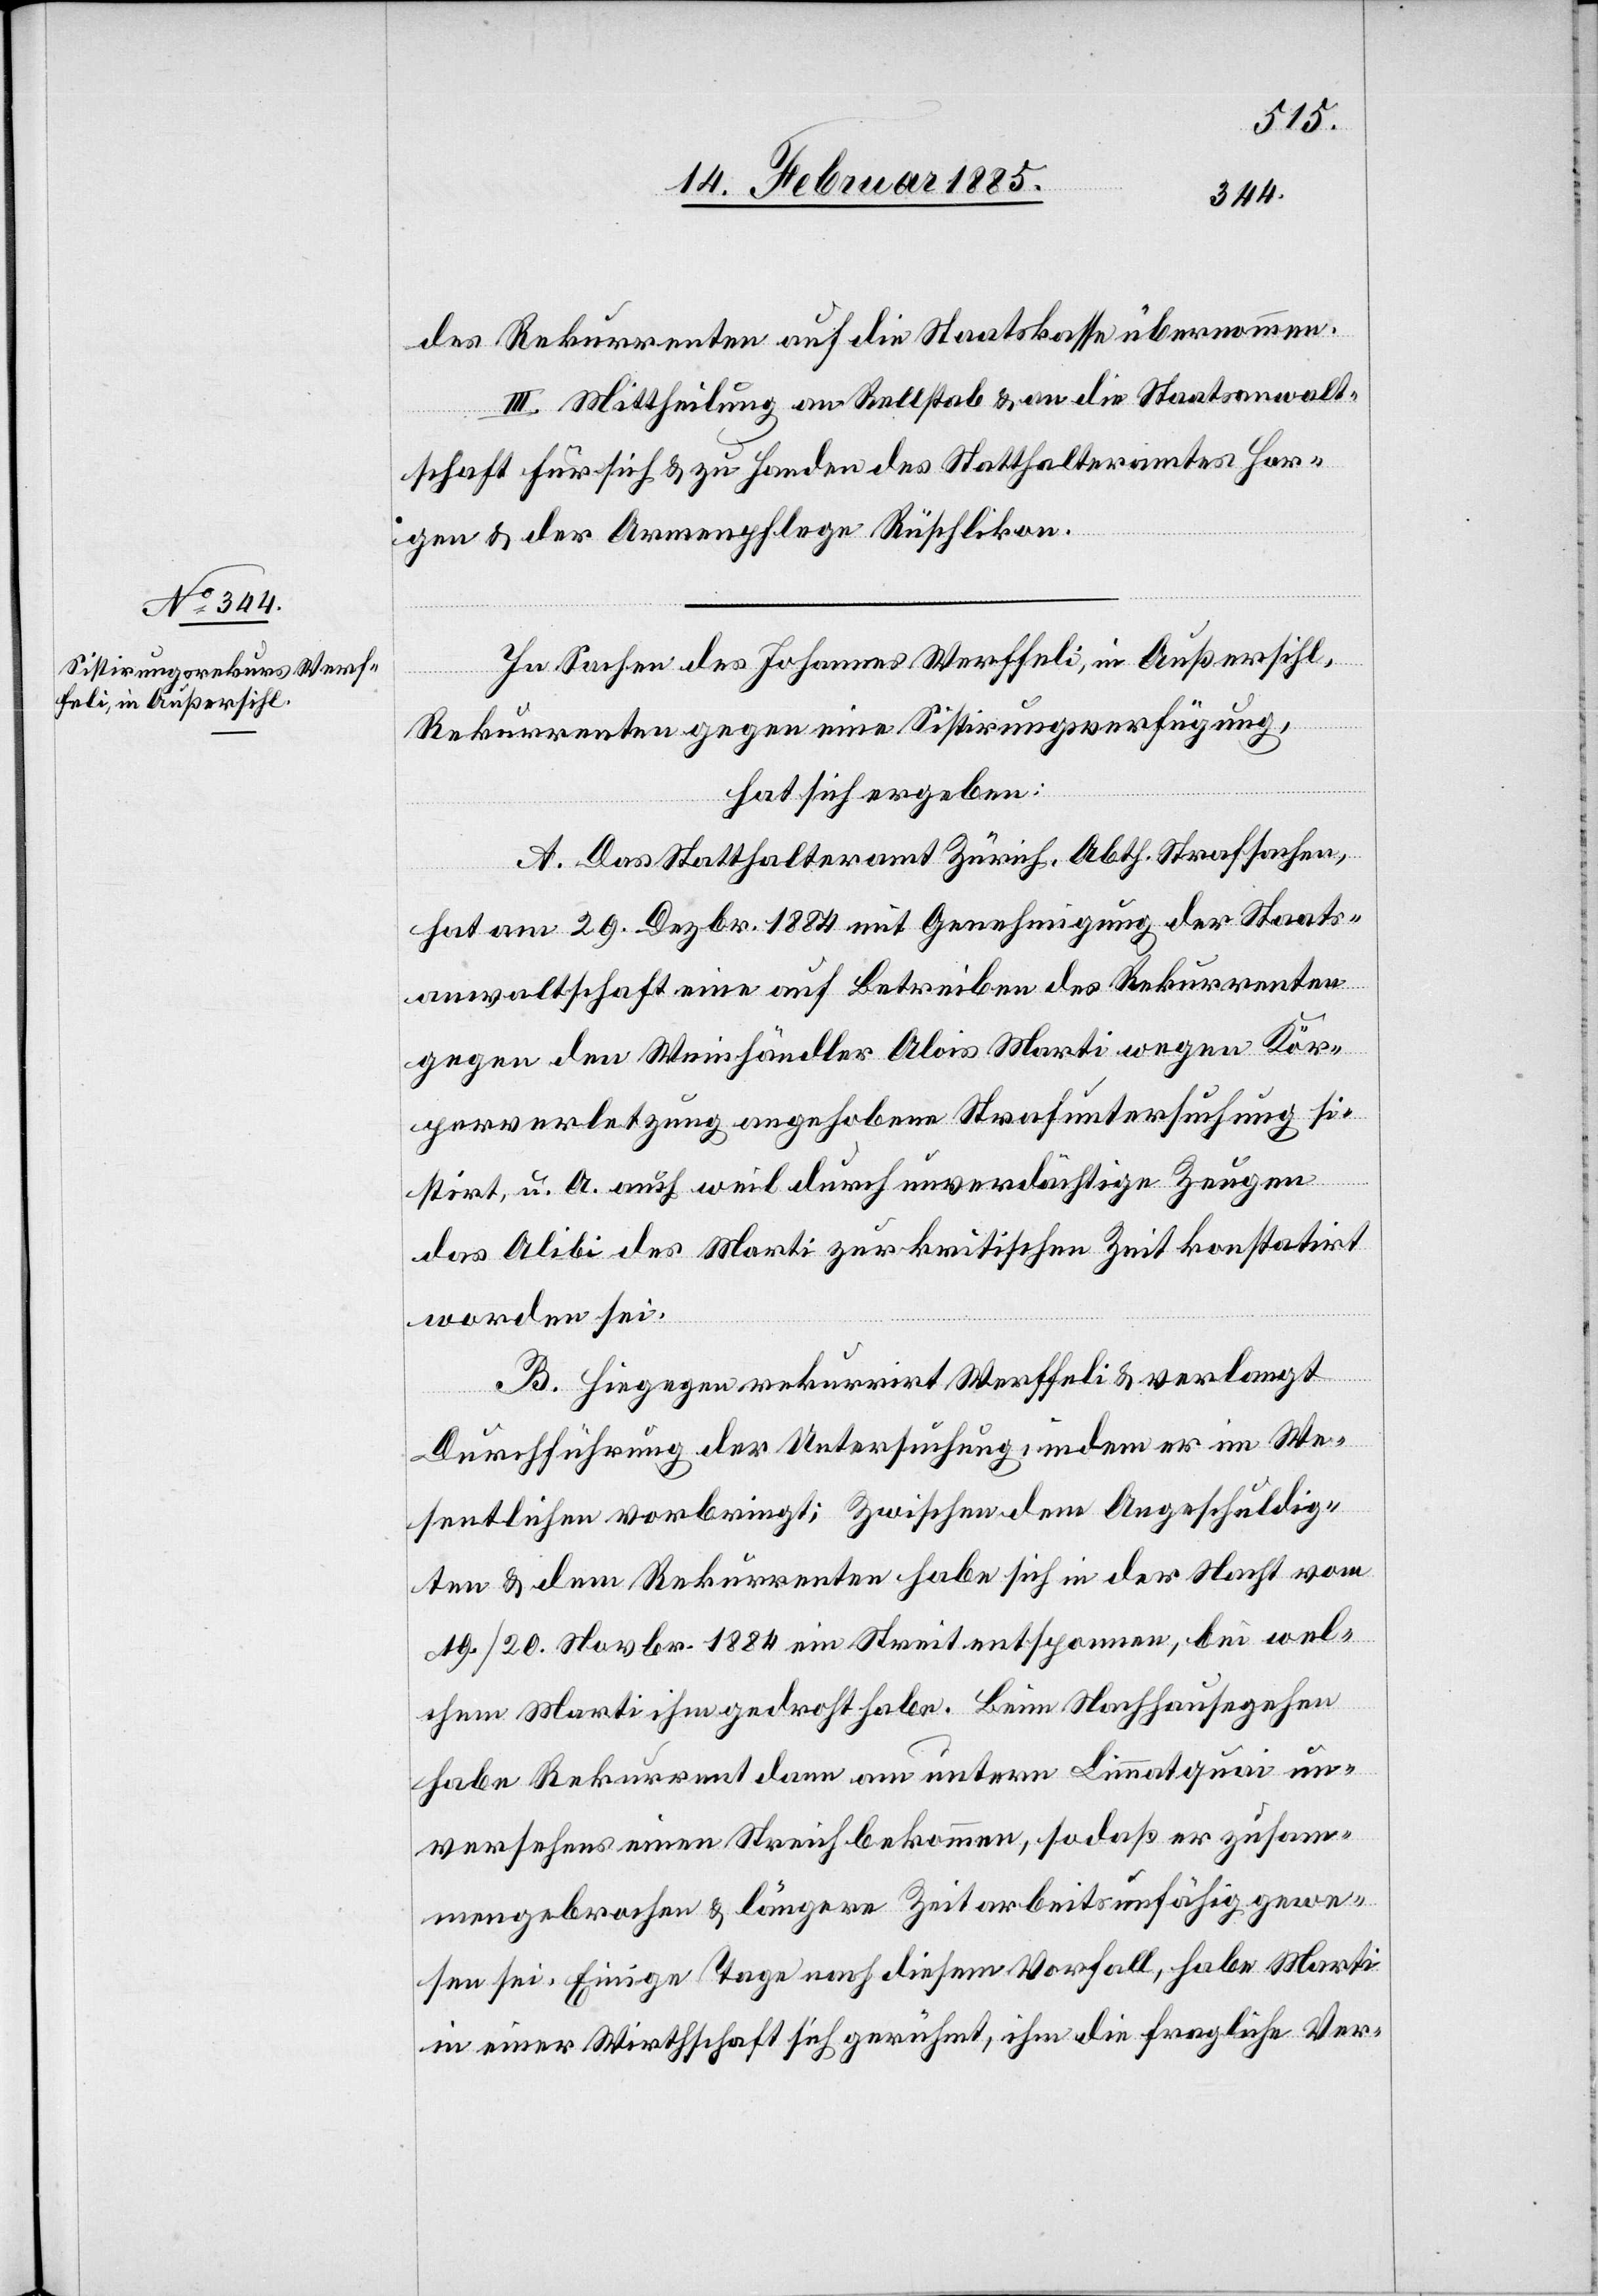
des Rekurrenten auf die Staatskasse übernommen.
III. Mittheilung an Rellstab & an die Staatsanwalt¬
schaft für sich & zu Handen des Statthalteramtes Hor¬
gen & der Armenpflege Rüschlikon.
In Sachen des Johannes Werffeli, in Außersihl,
Rekurrenten gegen eine Sistirungsverfügung,
hat sich ergeben:
A. Das Statthalteramt Zürich, Abth. Strafsachen,
hat am 29. Dezbr. 1884 mit Genehmigung der Staats¬
anwaltschaft eine auf Betreiben des Rekurrenten
gegen den Weinhändler Alois Marti wegen Kör¬
perverletzung angehobene Strafuntersuchung si¬
stirt, u. A. auch weil durch unverdächtige Zeugen
das Alibi des Marti zur kritischen Zeit konstatirt
worden sei.
B. Hiegegen rekurrirt Werffeli & verlangt
Durchführung der Untersuchung, indem er im We¬
sentlichen vorbringt; Zwischen dem Angeschuldig¬
ten & dem Rekurrenten habe sich in der Nacht vom
19./20. Novbr. 1884 ein Streit entsponnen, bei wel¬
chem Marti ihm gedroht habe. Beim Nachhausegehen
habe Rekurrent dann am untern Limmatquai un¬
versehens einen Streich bekommen, sodaß er zusam¬
mengebrochen & längere Zeit arbeitsunfähig gewe¬
sen sei. Einige Tage nach diesem Vorfall, habe Marti
in einer Wirthschaft sich gerühmt, ihm die fragliche Ver-